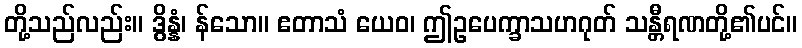
တို့သည်လည်း။ ဒွိန္နံ၊ န်သော။ ဧတာသံ ယေဝ၊ ဤဥပေက္ခာသဟဂုတ် သန္တီရဏတို့၏ပင်။